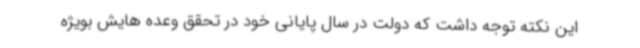
این نکته توجه داشت که دولت در سال پایانی خود در تحقق وعده هایش بویژه